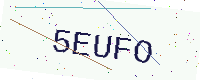
Text: 5EUFO